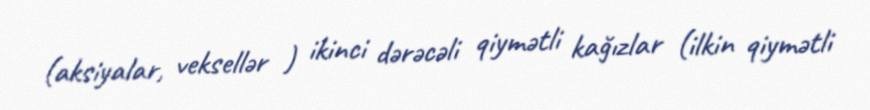
(aksiyalar, veksellər ) ikinci dərəcəli qiymətli kağızlar (ilkin qiymətli